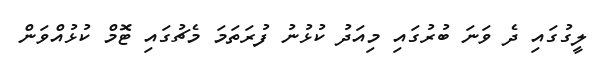
ލީގުގައި ދެ ވަނަ ބުރުގައި މިއަދު ކުޅުނު ފުރަތަމަ މެޗުގައި ޓޮމް ކުޅުއްވަން